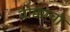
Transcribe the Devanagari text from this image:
बोक्काचो